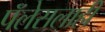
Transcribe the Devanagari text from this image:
पॅलेसलाही